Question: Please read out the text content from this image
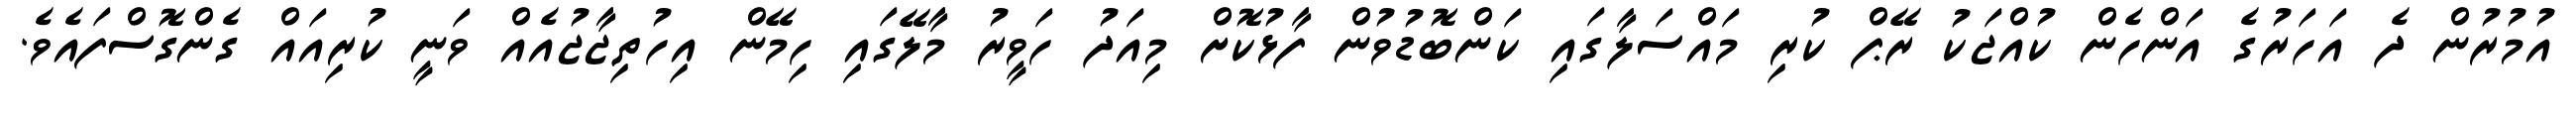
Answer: އުމުރުން ދެ އަހަރުގެ އަންހެން ކުއްޖަކު ރޭޕް ކުރި މައްސަލާގައި ކަންބޮޑުވުން ފާޅުކޮށް މިއަދު ހަވީރު މާލޭގައި ހިމޭން އިހުތިޖާޖުއެއް ވަނީ ކުރިއައް ގެންގޮސްފައެވެ.